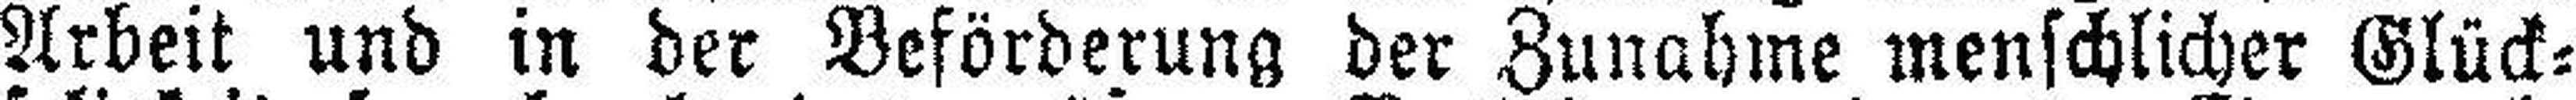
Arbeit und in der Beförderung der Zunahme menschlicher Glück¬